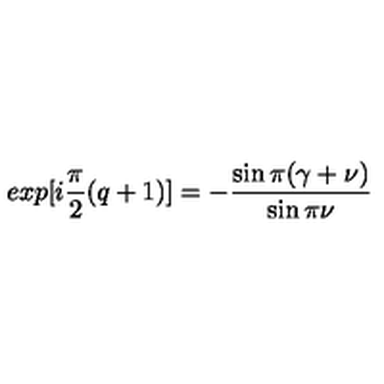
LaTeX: e x p [ i \frac { \pi } { 2 } ( q + 1 ) ] = - \frac { \sin \pi ( \gamma + \nu ) } { \sin \pi \nu }